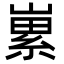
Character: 𡻭